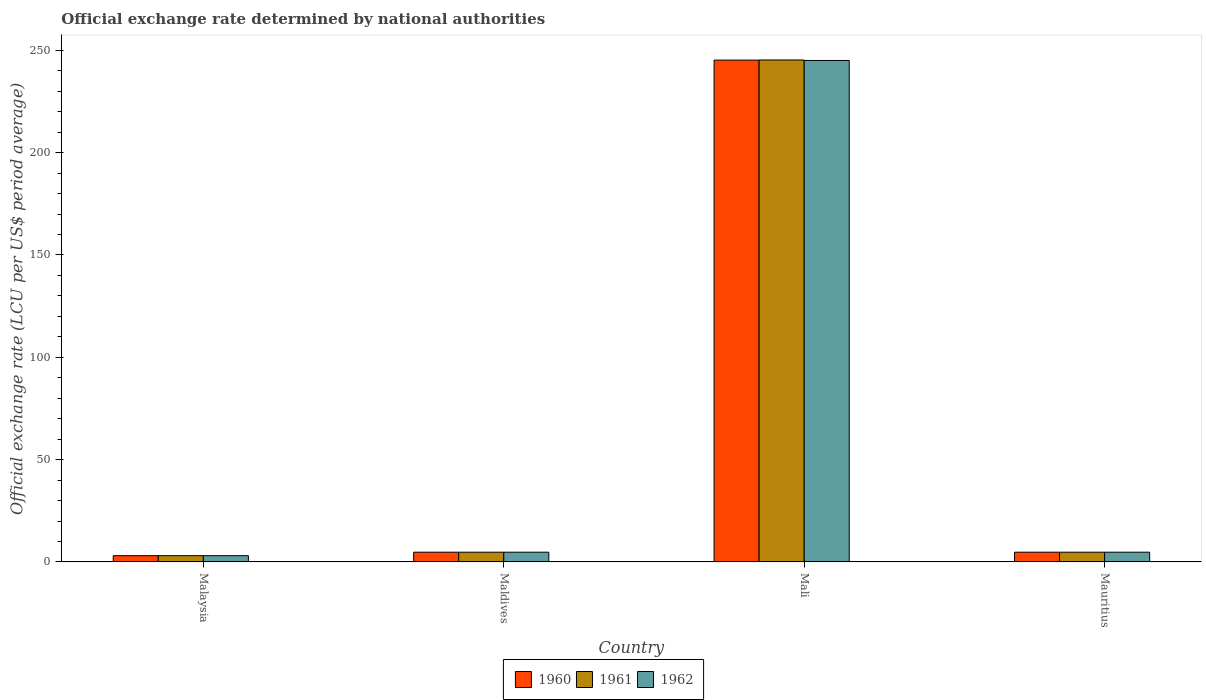
| Country | 1960 | 1961 | 1962 |
 | --- | --- | --- | --- |
 | Malaysia | 3.06 | 3.06 | 3.06 |
 | Maldives | 4.76 | 4.76 | 4.76 |
 | Mali | 245 | 245 | 245 |
 | Mauritius | 4.76 | 4.76 | 4.76 |